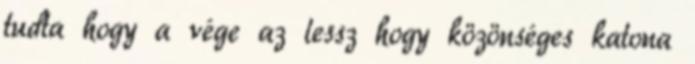
tudta hogy a vége az lessz hogy közönséges katona